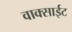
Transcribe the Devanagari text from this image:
वाक्साईट